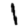
Digit: 1